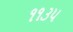
૧૧૩૫